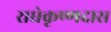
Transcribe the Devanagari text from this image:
राधेकृष्णदास